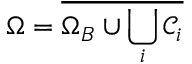
\Omega = \overline { { \Omega _ { B } \cup \bigcup _ { i } \mathcal { C } _ { i } } }